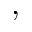
,